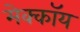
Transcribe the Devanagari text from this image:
मेक्कॉय